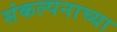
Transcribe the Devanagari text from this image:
संकल्पनाच्या